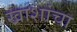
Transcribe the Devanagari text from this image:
खाशांचा